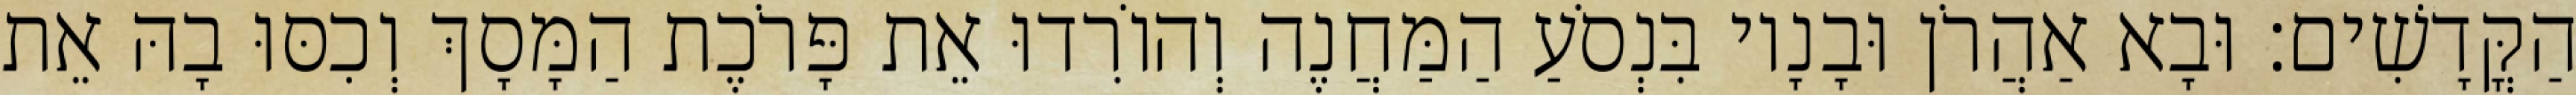
הַקֳּדָשִׁים׃ וּבָא אַהֲרֹן וּבָנָיו בִּנְסֹעַ הַמַּחֲנֶה וְהוֹרִדוּ אֵת פָּרֹכֶת הַמָּסָךְ וְכִסּוּ בָהּ אֵת